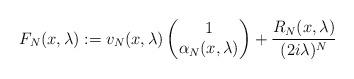
LaTeX: \begin{align*}F_N(x,\lambda) := v_N(x,\lambda) \begin{pmatrix}1 \\ \alpha_N(x,\lambda) \end{pmatrix} + \frac{R_N(x,\lambda)}{(2i\lambda)^N}\end{align*}